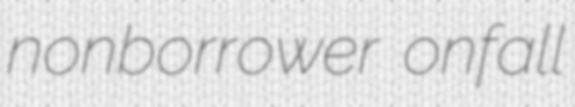
nonborrower onfall